Civil Veterinary Dept. Bombay admin report 1923-31 - 1923-1931
Year: 1923
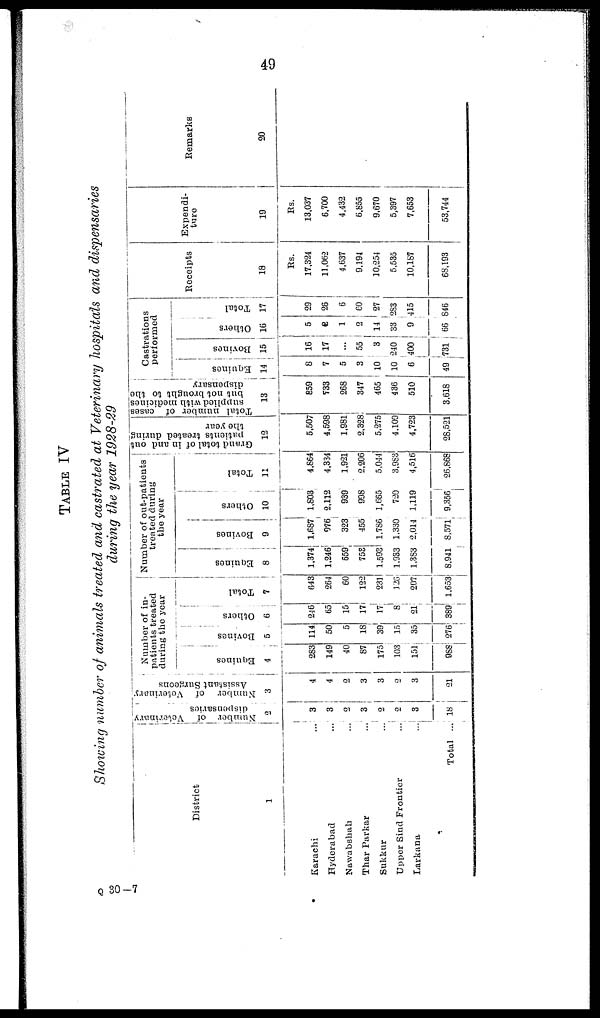
49
TABLE IV
Showing number of animals treated and castrated at Veterinary hospitals and dispensaries
during the year 1928-29
District
1
Karachi ...
Hyderabad ...
Nawabshah ...
Thar Parkar ...
Sukkur ...
Upper Sind Frontier ...
Larkana ...
Total ...
Number of Veterinary
dispensaries
2
3
3
2
3
2
2
3
18
Number of Voterinary
Assistant Surgeons
3
4
4
2
3
3
2
3
21
Number of in-
patients treated
during the year
Equines
4
283
149
40
87
175
103
151
988
Bovines
5
114
50
5
18
39
15
35
276
Others
6
246
65
15
17
17
8
21
389
Total
7
643
264
60
122
231
126
207
1,653
Number of out-patients
treated during
the year
Equines
8
1,374
1,246
659
753
1,593
1,933
1,383
8,941
Bovines
9
1,687
976
323
455
1,786
1,330
2,014
8,571
Others
10
1,803
2,112
939
998
1,665
720
1,119
9,356
Total
11
4,864
4,334
1,921
2,206
5,044
3,983
4,516
26,868
Grand total of in and out
patients treated during
the year
12
5,507
4,598
1,981
2,328
5,275
4,109
4,723
28,521
Total number of cases
supplied with medicines
but not brought to the
dispensary
13
859
733
268
347
465
436
510
3,618
Castrations
performed
Equines
14
8
7
5
3
10
10
6
49
Bovines
15
16
17
...
55
3
240
400
731
Others
16
5
2
1
2
14
33
9
66
Total
17
29
26
6
60
27
283
415
846
Receipts
18
Rs.
17,324
11,062
4,637
9.194
10,254
5,535
10,187
68,193
Expendi-
ture
19
Rs.
13.037
6,700
4,432
6.855
9,670
5,397
7,653
53,744
Remarks
20
Q 30 — 7